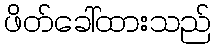
ဖိတ်ခေါ်ထားသည်